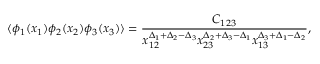
\langle \phi _ { 1 } ( x _ { 1 } ) \phi _ { 2 } ( x _ { 2 } ) \phi _ { 3 } ( x _ { 3 } ) \rangle = \frac { C _ { 1 2 3 } } { x _ { 1 2 } ^ { \Delta _ { 1 } + \Delta _ { 2 } - \Delta _ { 3 } } x _ { 2 3 } ^ { \Delta _ { 2 } + \Delta _ { 3 } - \Delta _ { 1 } } x _ { 1 3 } ^ { \Delta _ { 3 } + \Delta _ { 1 } - \Delta _ { 2 } } } ,